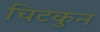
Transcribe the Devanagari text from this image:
चिटकुन